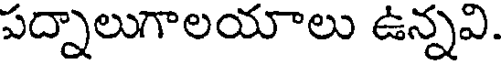
పద్నాలుగాలయాలు ఉన్నవి.